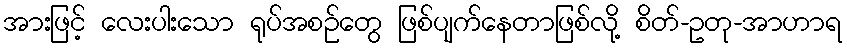
အားဖြင့် လေးပါးသော ရုပ်အစဉ်တွေ ဖြစ်ပျက်နေတာဖြစ်လို့ စိတ်-ဥတု-အာဟာရ